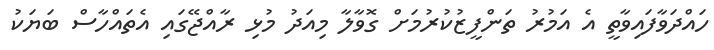
ހައްދަވާފައިވާތީ އެ އަމުރު ތަންފީޒުކުރުމަށް ގޮވާލާ މިއަދު މުޅި ރާއްޖޭގައި އެތައްހާސް ބަޔަކު